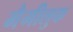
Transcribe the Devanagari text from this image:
मैमीलुक